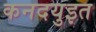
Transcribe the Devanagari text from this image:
कनदयुइत